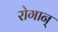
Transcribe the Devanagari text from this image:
रोगान्